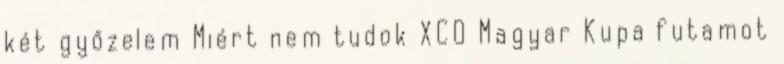
két győzelem Miért nem tudok XCO Magyar Kupa futamot